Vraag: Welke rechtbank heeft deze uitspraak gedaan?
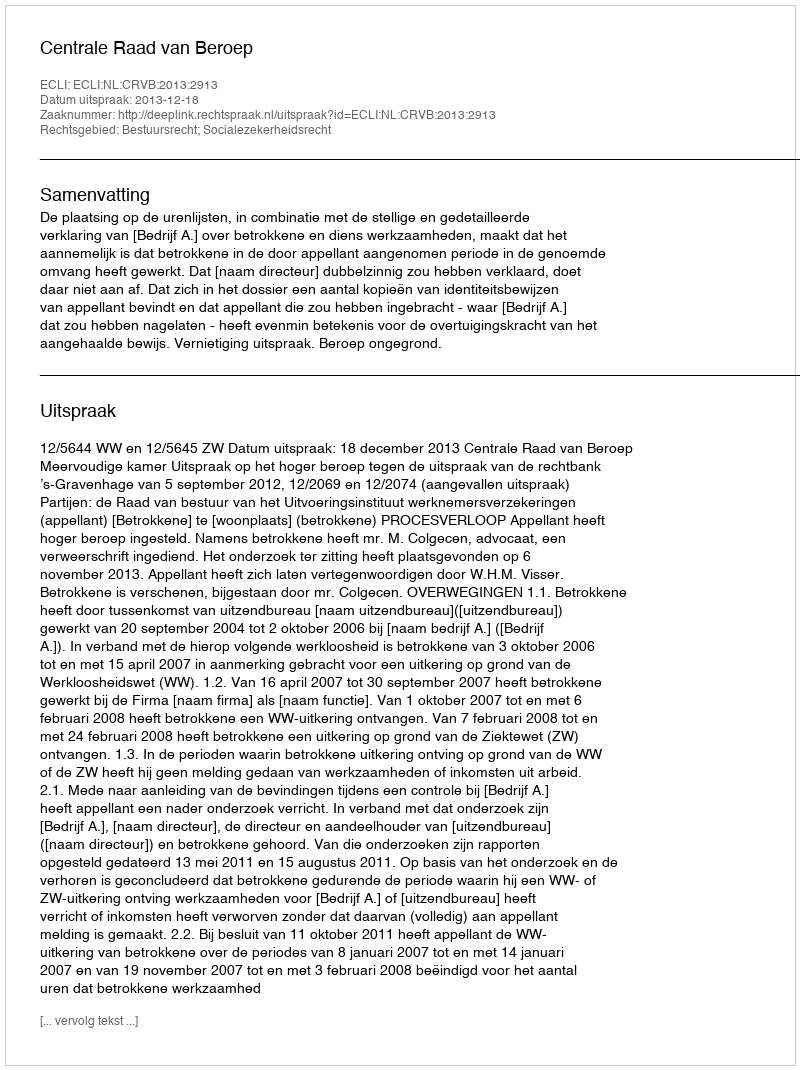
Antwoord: Centrale Raad van Beroep